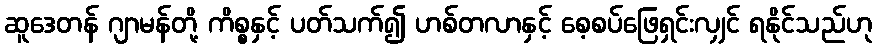
ဆူဒေတန် ဂျာမန်တို့ ကိစ္စနှင့် ပတ်သက်၍ ဟစ်တလာနှင့် စေ့စပ်ဖြေရှင်းလျှင် ရနိုင်သည်ဟု